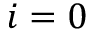
i = 0